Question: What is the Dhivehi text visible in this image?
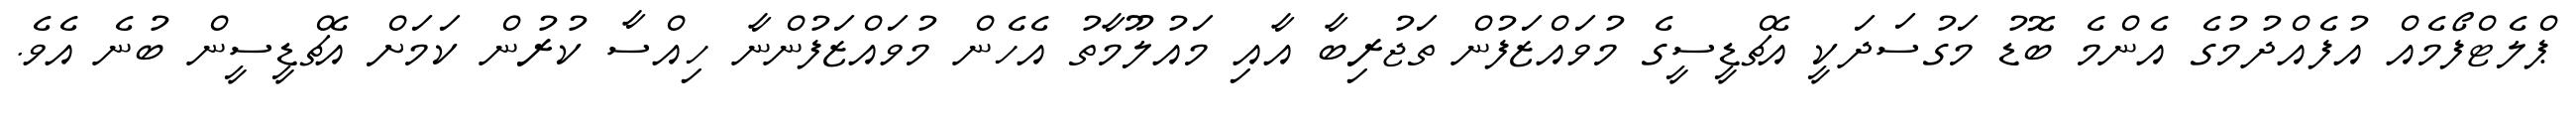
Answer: ޕްލެޓްފޯމެއް އުފެއްދުމުގެ އެންމެ ބޮޑު މަގުސަދަކީ އެޗްޑީސީގެ މުވައްޒަފުން ތަޖުރިބާ އާއި މައުލޫމާތު އެހެން މުވައްޒަފުންނާ ހިއްސާ ކުރުން ކަމަށް އެޗްޑީސީން ބުނެ އެވެ.